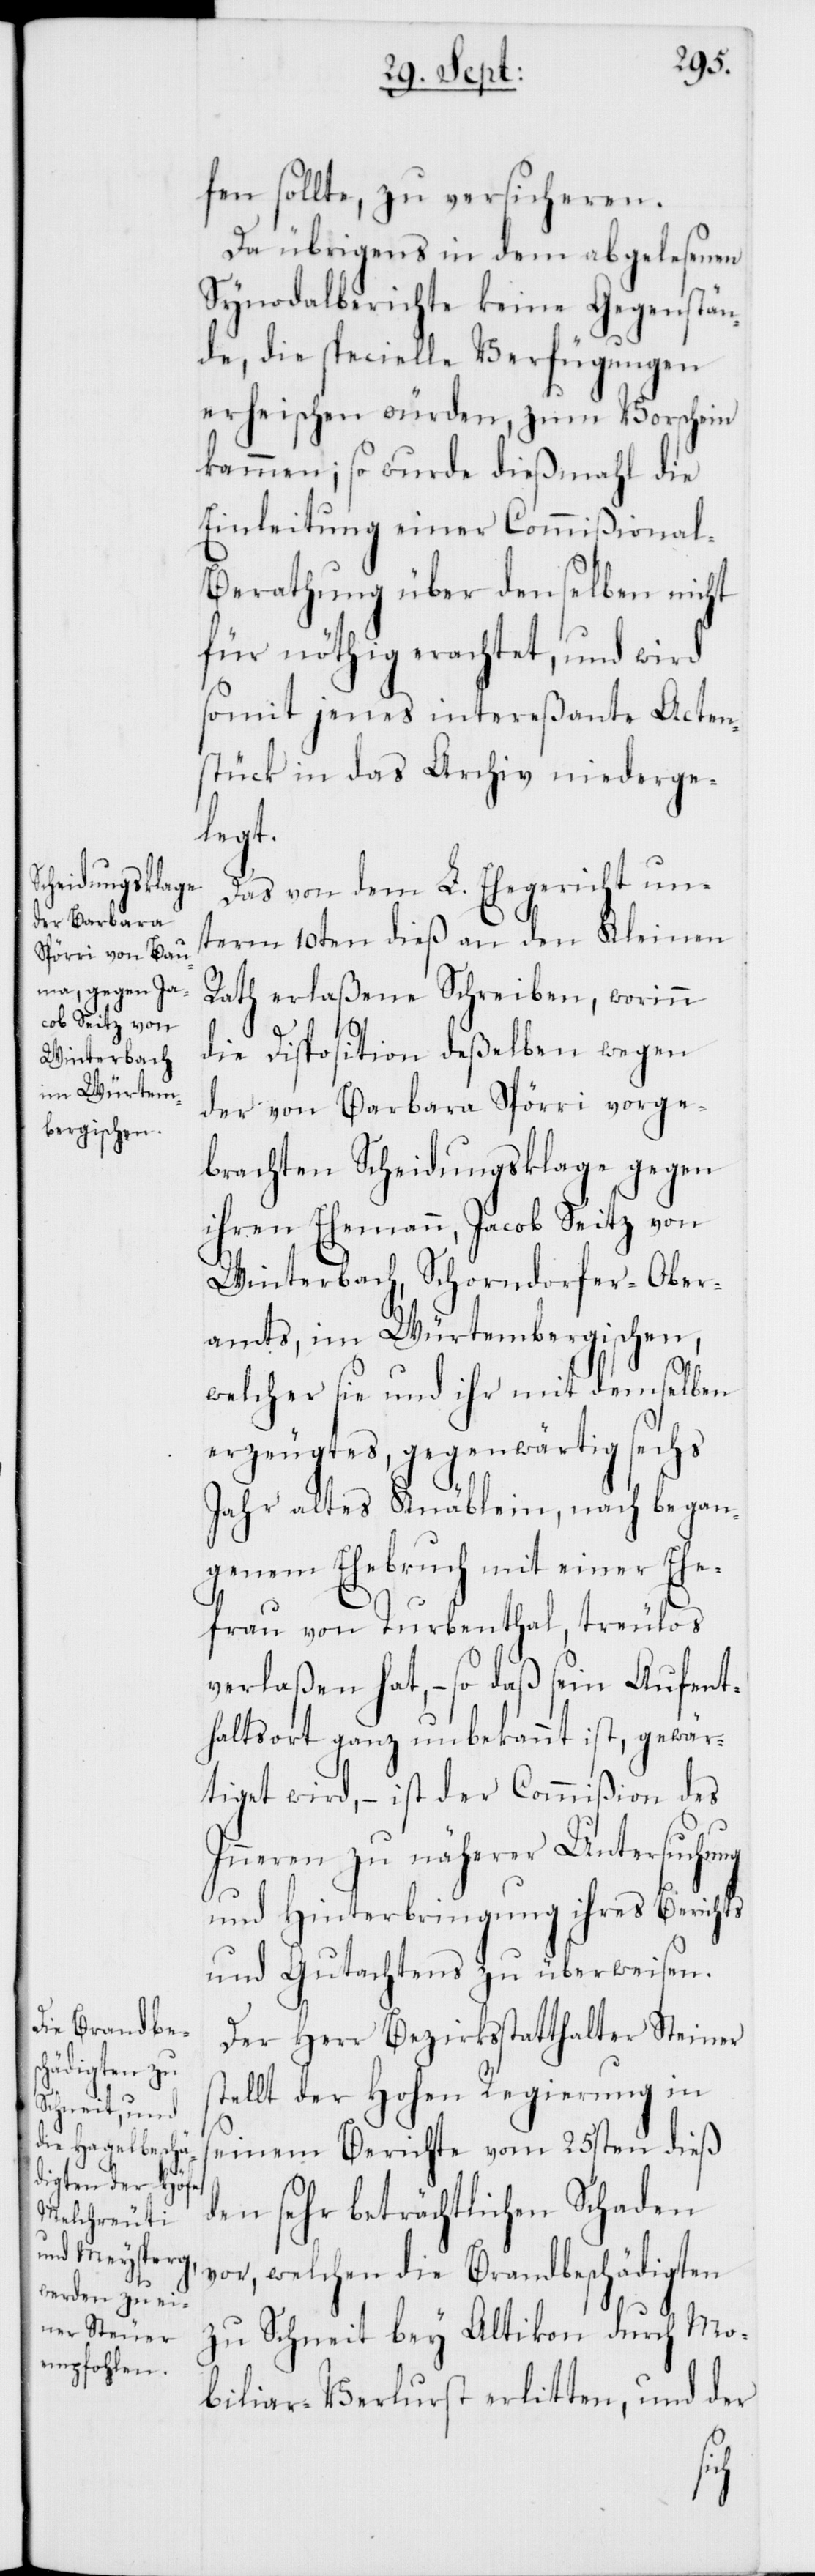
fen sollte, zu versicheren.
Da übrigens in dem abgelesenen
Synodalberichte keine Gegenstän¬
de, die specielle Verfügungen
erheischen würden, zum Vorschein
kamen; so wurde dießmahl die
Einleitung einer Commißional-B¬
erathung über denselben nicht
für nöthig erachtet, und wird
somit jenes intereßante Acten¬
stück in das Archiv niederge¬
legt.
Das von dem L. Ehegericht un¬
term 10ten dieß an den Kleinen
Rath erlaßene Schreiben, worinn
die Disposition deßelben wegen
der von Barbara Spörri vorge¬
brachten Scheidungsklage gegen
ihren Ehemann, Jacob Seitz von
Winterbach, Schorndorfer-Ober¬
amts im Würtembergischen,
welcher sie und ihr mit demselben
erzeugtes, gegenwärtig sechs
Jahr altes Knäblein, nach began¬
genem Ehebruch mit einer Ehe¬
frau von Turbenthal, treulos
verlaßen hat, – so daß sein Aufent¬
haltsort ganz unbekannt ist, gewär¬
tiget wird, – ist der Commißion des
Inneren zu näherer Untersuchung
und Hinterbringung ihres Berichts
und Gutachtens zu überweisen.
Der Herr Bezirksstatthalter Steiner
stellt der Hohen Regierung in
seinem Berichte vom 25sten dieß
den sehr beträchtlichen Schaden
vor, welchen die Brandbeschädigten
zu Schneit bey Altikon durch Mo¬
biliar-Verlust erlitten, und der